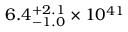
6 . 4 _ { - 1 . 0 } ^ { + 2 . 1 } \times 1 0 ^ { 4 1 }